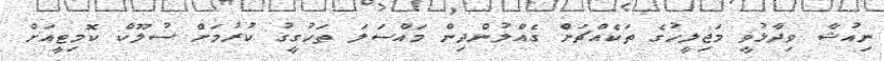
ނިއުޝާ ވިދާޅުވީ މަޖިލީހުގެ ތަކެއްޗަށް ގެއްލުންދިން މައްސަލަ ތަހުގީގު ކުރުމަށް ސުލޫކް ކޮމިޓީއަށް